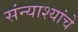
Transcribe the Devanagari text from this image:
संन्याश्यांचे